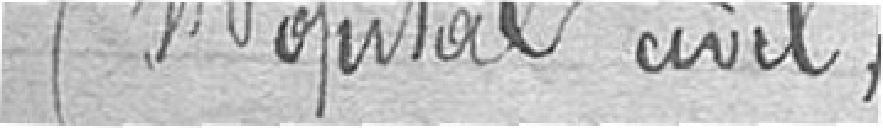
(Hôpital civil)